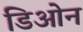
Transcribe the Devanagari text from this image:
डिओन